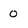
Character: o